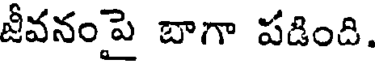
జీవనంపై బాగా పడింది.